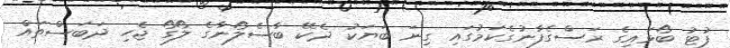
ފުޓު ބޯޅައިގެ ރަސްގެފާނުގެކަމުގައި ގިނަ ބަޔަކު ދެކޭ ބާސެލޯނާގެ ލޯގޯ ޖެހި ދަބަސްތައް